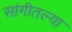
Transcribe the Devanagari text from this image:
सांगीतल्या